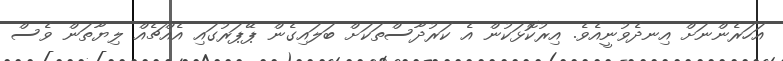
އަހަރެންނަށް އިނދެވުނީއެވެ. އިރުކޮޅަކުން އެ ކަރުދާސްތަކަށް ބަލައިގެން ޕޭޕަރުގައި އެއްޗެއް ލިޔާތަން ވެސް